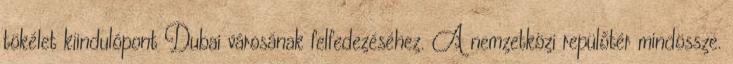
tökélet kiindulópont Dubai városának felfedezéséhez. A nemzetközi repülőtér mindössze.